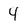
Character: 4